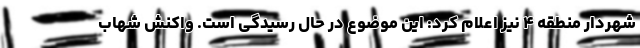
شهردار منطقه ۴ نیز اعلام کرد: این موضوع در حال رسیدگی است. واکنش شهاب